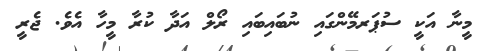
މީނާ އަކީ ސުޕަރމޭންގައި ނުބައިބައި ރޯލް އަދާ ކުރާ މީހާ އެވެ. ޖެރީ